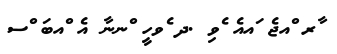
ާރ ްއޖެ ައއެ ެވި .ދ ެވހީ ްނނާ އެ ްއބަ ްސ